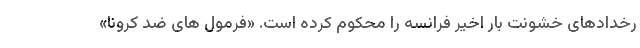
رخدادهای خشونت بار اخیر فرانسه را محکوم کرده است. «فرمول های ضد کرونا»